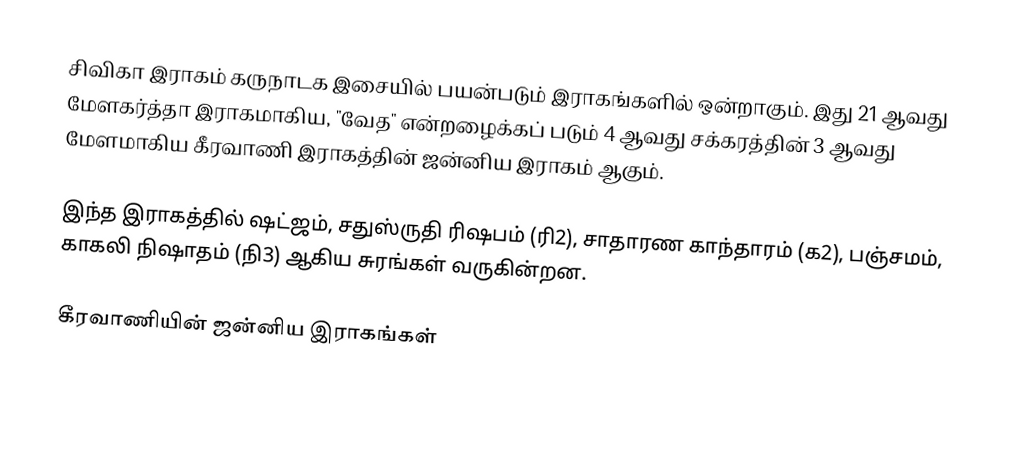
சிவிகா இராகம் கருநாடக இசையில் பயன்படும் இராகங்களில் ஒன்றாகும். இது 21 ஆவது மேளகர்த்தா இராகமாகிய, "வேத" என்றழைக்கப் படும் 4 ஆவது சக்கரத்தின் 3 ஆவது மேளமாகிய கீரவாணி இராகத்தின் ஜன்னிய இராகம் ஆகும்.

இந்த இராகத்தில் ஷட்ஜம், சதுஸ்ருதி ரிஷபம் (ரி2),  சாதாரண காந்தாரம் (க2),  பஞ்சமம், காகலி நிஷாதம்  (நி3) ஆகிய சுரங்கள் வருகின்றன.

கீரவாணியின் ஜன்னிய இராகங்கள்